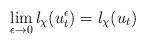
LaTeX: \begin{align*}\lim\limits_{\epsilon \rightarrow 0} l_{\chi}(u_t^{\epsilon}) =l_{\chi}(u_t)\end{align*}